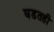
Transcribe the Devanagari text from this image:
घडतही